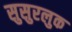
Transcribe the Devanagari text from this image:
सुसुरलुक